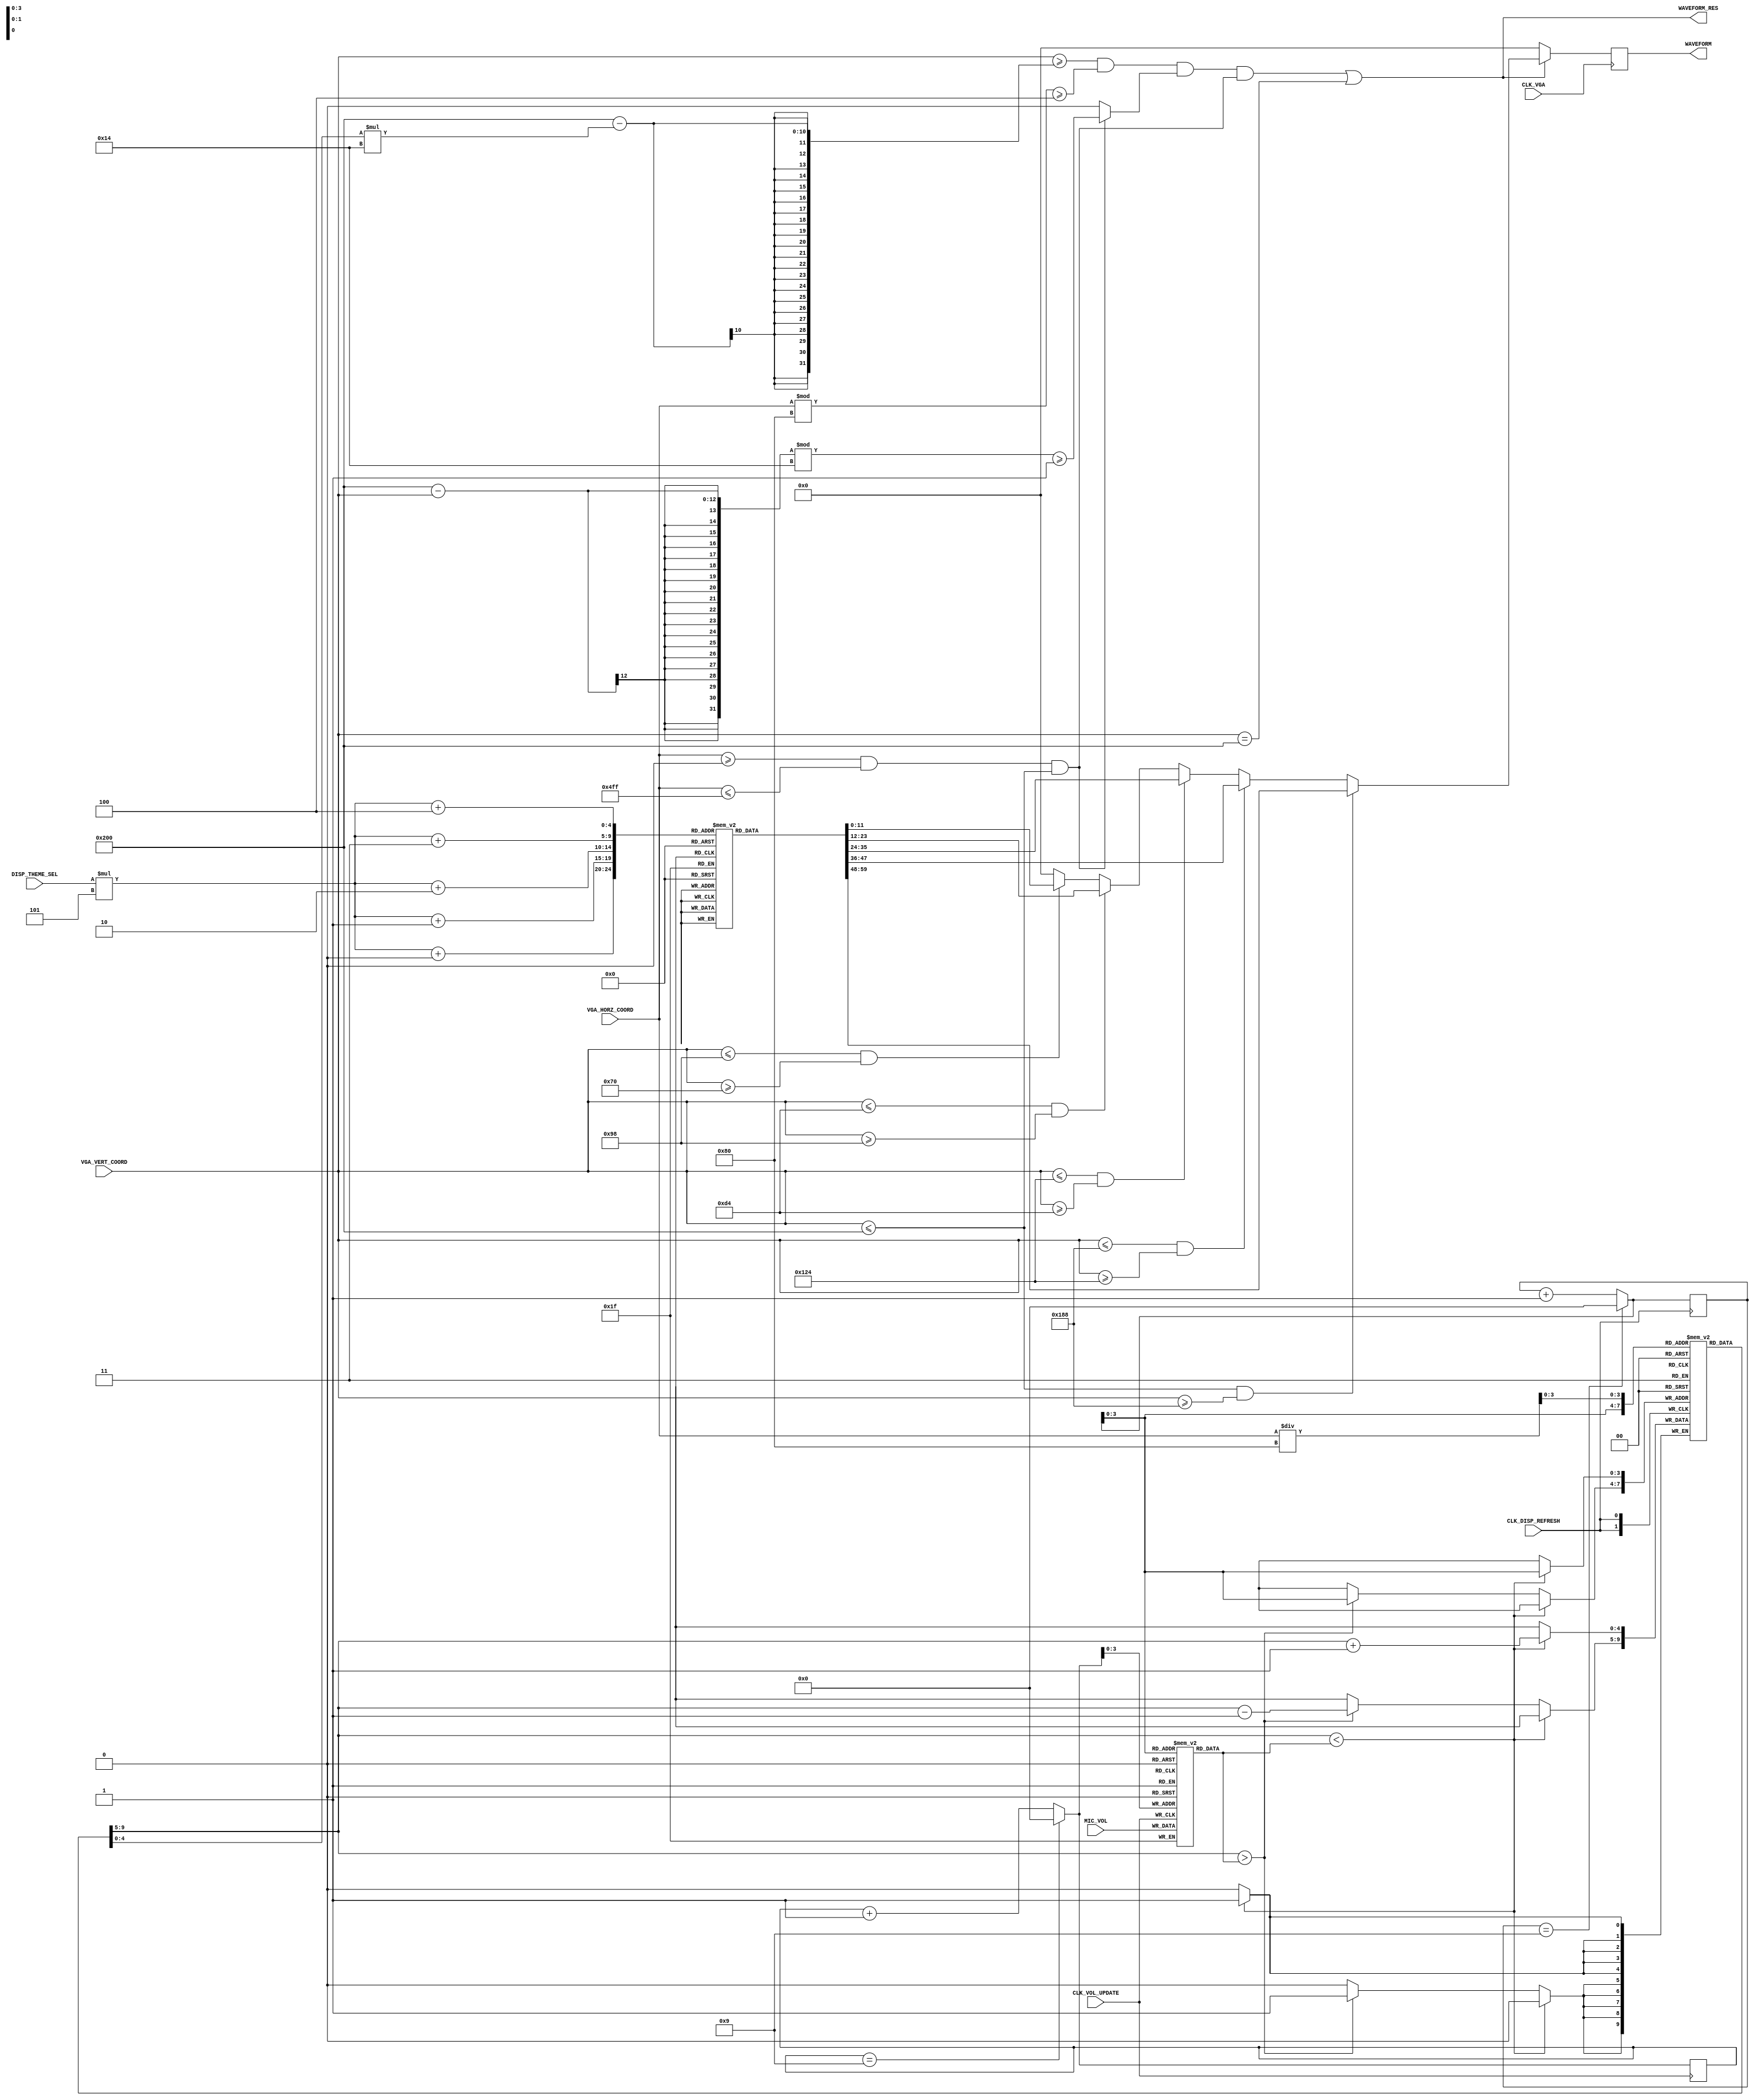
`timescale 1ns / 1ps
//////////////////////////////////////////////////////////////////////////////////
// Company: 
// Engineer: 
// 
// Design Name: 
// Module Name: Bar_Waveform
// Project Name: 
// Target Devices: 
// Tool Versions: 
// Description: 
// 
// Dependencies: 
// 
// Revision:
// Revision 0.01 - File Created
// Additional Comments:
// 
//////////////////////////////////////////////////////////////////////////////////

module Bar_Waveform(
    input CLK_VGA,
    input CLK_DISP_REFRESH,
    input CLK_VOL_UPDATE,
    
    input [11:0] VGA_HORZ_COORD,
    input [11:0] VGA_VERT_COORD,
    input [2:0] DISP_THEME_SEL,
    
    input [4:0] MIC_VOL,
    
    output reg [11:0] WAVEFORM,
    output WAVEFORM_RES
    );
    
    // Expressed in terms of the number of pixels.
    parameter BAR_WIDTH = 128;
    parameter BAR_SPACING = 4;
    parameter BLOCK_HEIGHT = 20;
    parameter BLOCK_SPACING = 1;
    parameter MAX_NUM_BLOCKS = 20;
    parameter WAVEFORM_WINDOW_LEFT = 0;
    parameter WAVEFORM_WINDOW_RIGHT = 1279;
    parameter ZERO_LEVEL = 512;
    parameter AREA_ONE_LEVEL = ZERO_LEVEL - (6 * BLOCK_HEIGHT);
    parameter AREA_TWO_LEVEL = ZERO_LEVEL - (11 * BLOCK_HEIGHT);
    parameter AREA_THREE_LEVEL = ZERO_LEVEL - (15 * BLOCK_HEIGHT);
    parameter AREA_FOUR_LEVEL = ZERO_LEVEL - (18 * BLOCK_HEIGHT);
    parameter AREA_FIVE_LEVEL = ZERO_LEVEL - (MAX_NUM_BLOCKS * BLOCK_HEIGHT);
    parameter VOL_ARRAY_MAX = (1280 / BAR_WIDTH) - 1;
    
    parameter THEME_ONE = 0;
    parameter THEME_TWO = 1;
    parameter THEME_THREE = 2;
    parameter THEME_FOUR = 3;
    parameter THEME_FIVE = 4;
    
    reg [11:0] WAVEFORM_COLOURS[4:0][4:0];
    
    initial begin
        WAVEFORM_COLOURS[THEME_ONE][0] = 12'hFE8;
        WAVEFORM_COLOURS[THEME_ONE][1] = 12'hE9B;
        WAVEFORM_COLOURS[THEME_ONE][2] = 12'hBEB;
        WAVEFORM_COLOURS[THEME_ONE][3] = 12'h298;
        WAVEFORM_COLOURS[THEME_ONE][4] = 12'h166;
        
        WAVEFORM_COLOURS[THEME_TWO][0] = 12'h405;
        WAVEFORM_COLOURS[THEME_TWO][1] = 12'h804;
        WAVEFORM_COLOURS[THEME_TWO][2] = 12'hB31;
        WAVEFORM_COLOURS[THEME_TWO][3] = 12'hF90;
        WAVEFORM_COLOURS[THEME_TWO][4] = 12'hFF0;
        
        WAVEFORM_COLOURS[THEME_THREE][0] = 12'h00F;
        WAVEFORM_COLOURS[THEME_THREE][1] = 12'h007;
        WAVEFORM_COLOURS[THEME_THREE][2] = 12'h425;
        WAVEFORM_COLOURS[THEME_THREE][3] = 12'hF87;
        WAVEFORM_COLOURS[THEME_THREE][4] = 12'hF00;
        
        WAVEFORM_COLOURS[THEME_FOUR][0] = 12'h8C0;
        WAVEFORM_COLOURS[THEME_FOUR][1] = 12'hFF0;
        WAVEFORM_COLOURS[THEME_FOUR][2] = 12'hFB0;
        WAVEFORM_COLOURS[THEME_FOUR][3] = 12'hF70;
        WAVEFORM_COLOURS[THEME_FOUR][4] = 12'hF00;
        
        WAVEFORM_COLOURS[THEME_FIVE][0] = 12'h4D0;
        WAVEFORM_COLOURS[THEME_FIVE][1] = 12'hAD0;
        WAVEFORM_COLOURS[THEME_FIVE][2] = 12'hDD0;
        WAVEFORM_COLOURS[THEME_FIVE][3] = 12'hD80;
        WAVEFORM_COLOURS[THEME_FIVE][4] = 12'hE20;
    end
    
    /* VOLUME CALCULATION */
    reg [10:0] i;
    reg [4:0] vol [VOL_ARRAY_MAX:0];
    
    reg [10:0] j;
    reg [4:0] current_vol [VOL_ARRAY_MAX:0];
    
    wire [10:0] vol_index = VGA_HORZ_COORD / BAR_WIDTH;
            
    // Update volume levels.
    always @ (posedge CLK_VOL_UPDATE) begin
        i = (i == VOL_ARRAY_MAX) ? 0 : (i + 1);
        vol[i] <= MIC_VOL;  // range from 0 to 20.
    end
    
    // Allows for a smooth transition between volume levels of the
    // VGA display volume indicator.
    always @ (posedge CLK_DISP_REFRESH) begin
        j = (j == VOL_ARRAY_MAX) ? 0 : (j + 1);
        
        if (current_vol[j] < vol[j]) begin
            current_vol[j] <= current_vol[j] + 1;
        end
        else if (current_vol[j] > vol[j]) begin
            current_vol[j] <= current_vol[j] - 1;
        end
    end
    
    
    /* WAVEFORM GENERATION */
    wire waveform_window = (VGA_HORZ_COORD >= WAVEFORM_WINDOW_LEFT) && (VGA_HORZ_COORD <= WAVEFORM_WINDOW_RIGHT)
        && (VGA_VERT_COORD <= ZERO_LEVEL);
    wire bar_spacing = (VGA_HORZ_COORD % BAR_WIDTH) >= BAR_SPACING;
    wire block_spacing = (waveform_window) ? (((ZERO_LEVEL - VGA_VERT_COORD) % BLOCK_HEIGHT) >= BLOCK_SPACING) : 0;
    wire base = (VGA_VERT_COORD == ZERO_LEVEL);
    wire bar = VGA_VERT_COORD >= (ZERO_LEVEL - (current_vol[vol_index] * BLOCK_HEIGHT));
    
    wire area_one = (VGA_VERT_COORD <= ZERO_LEVEL) && (VGA_VERT_COORD >= AREA_ONE_LEVEL);
    wire area_two = (VGA_VERT_COORD <= AREA_ONE_LEVEL) && 
        (VGA_VERT_COORD >= AREA_TWO_LEVEL);
    wire area_three = (VGA_VERT_COORD <= AREA_TWO_LEVEL) && 
        (VGA_VERT_COORD >= AREA_THREE_LEVEL);
    wire area_four = (VGA_VERT_COORD <= AREA_THREE_LEVEL) && 
        (VGA_VERT_COORD >= AREA_FOUR_LEVEL);
    wire area_five = (VGA_VERT_COORD <= AREA_FOUR_LEVEL) && 
        (VGA_VERT_COORD >= AREA_FIVE_LEVEL);
    
    assign WAVEFORM_RES = (bar && bar_spacing && block_spacing && waveform_window) || base;
    
    always @ (posedge CLK_VGA) begin
        if (WAVEFORM_RES) begin 
            if (area_one)
                WAVEFORM = WAVEFORM_COLOURS[DISP_THEME_SEL][0];
            else if (area_two)
                WAVEFORM = WAVEFORM_COLOURS[DISP_THEME_SEL][1];
            else if (area_three)
                WAVEFORM = WAVEFORM_COLOURS[DISP_THEME_SEL][2];
            else if (area_four)
                WAVEFORM = WAVEFORM_COLOURS[DISP_THEME_SEL][3];
            else if (area_five)
                WAVEFORM = WAVEFORM_COLOURS[DISP_THEME_SEL][4];
            else
                WAVEFORM = 0;
        end
        else
            WAVEFORM = 0;
    end
    
endmodule